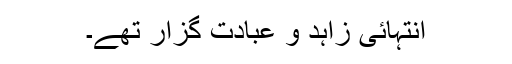
انتہائی زاہد و عبادت گزار تھے۔